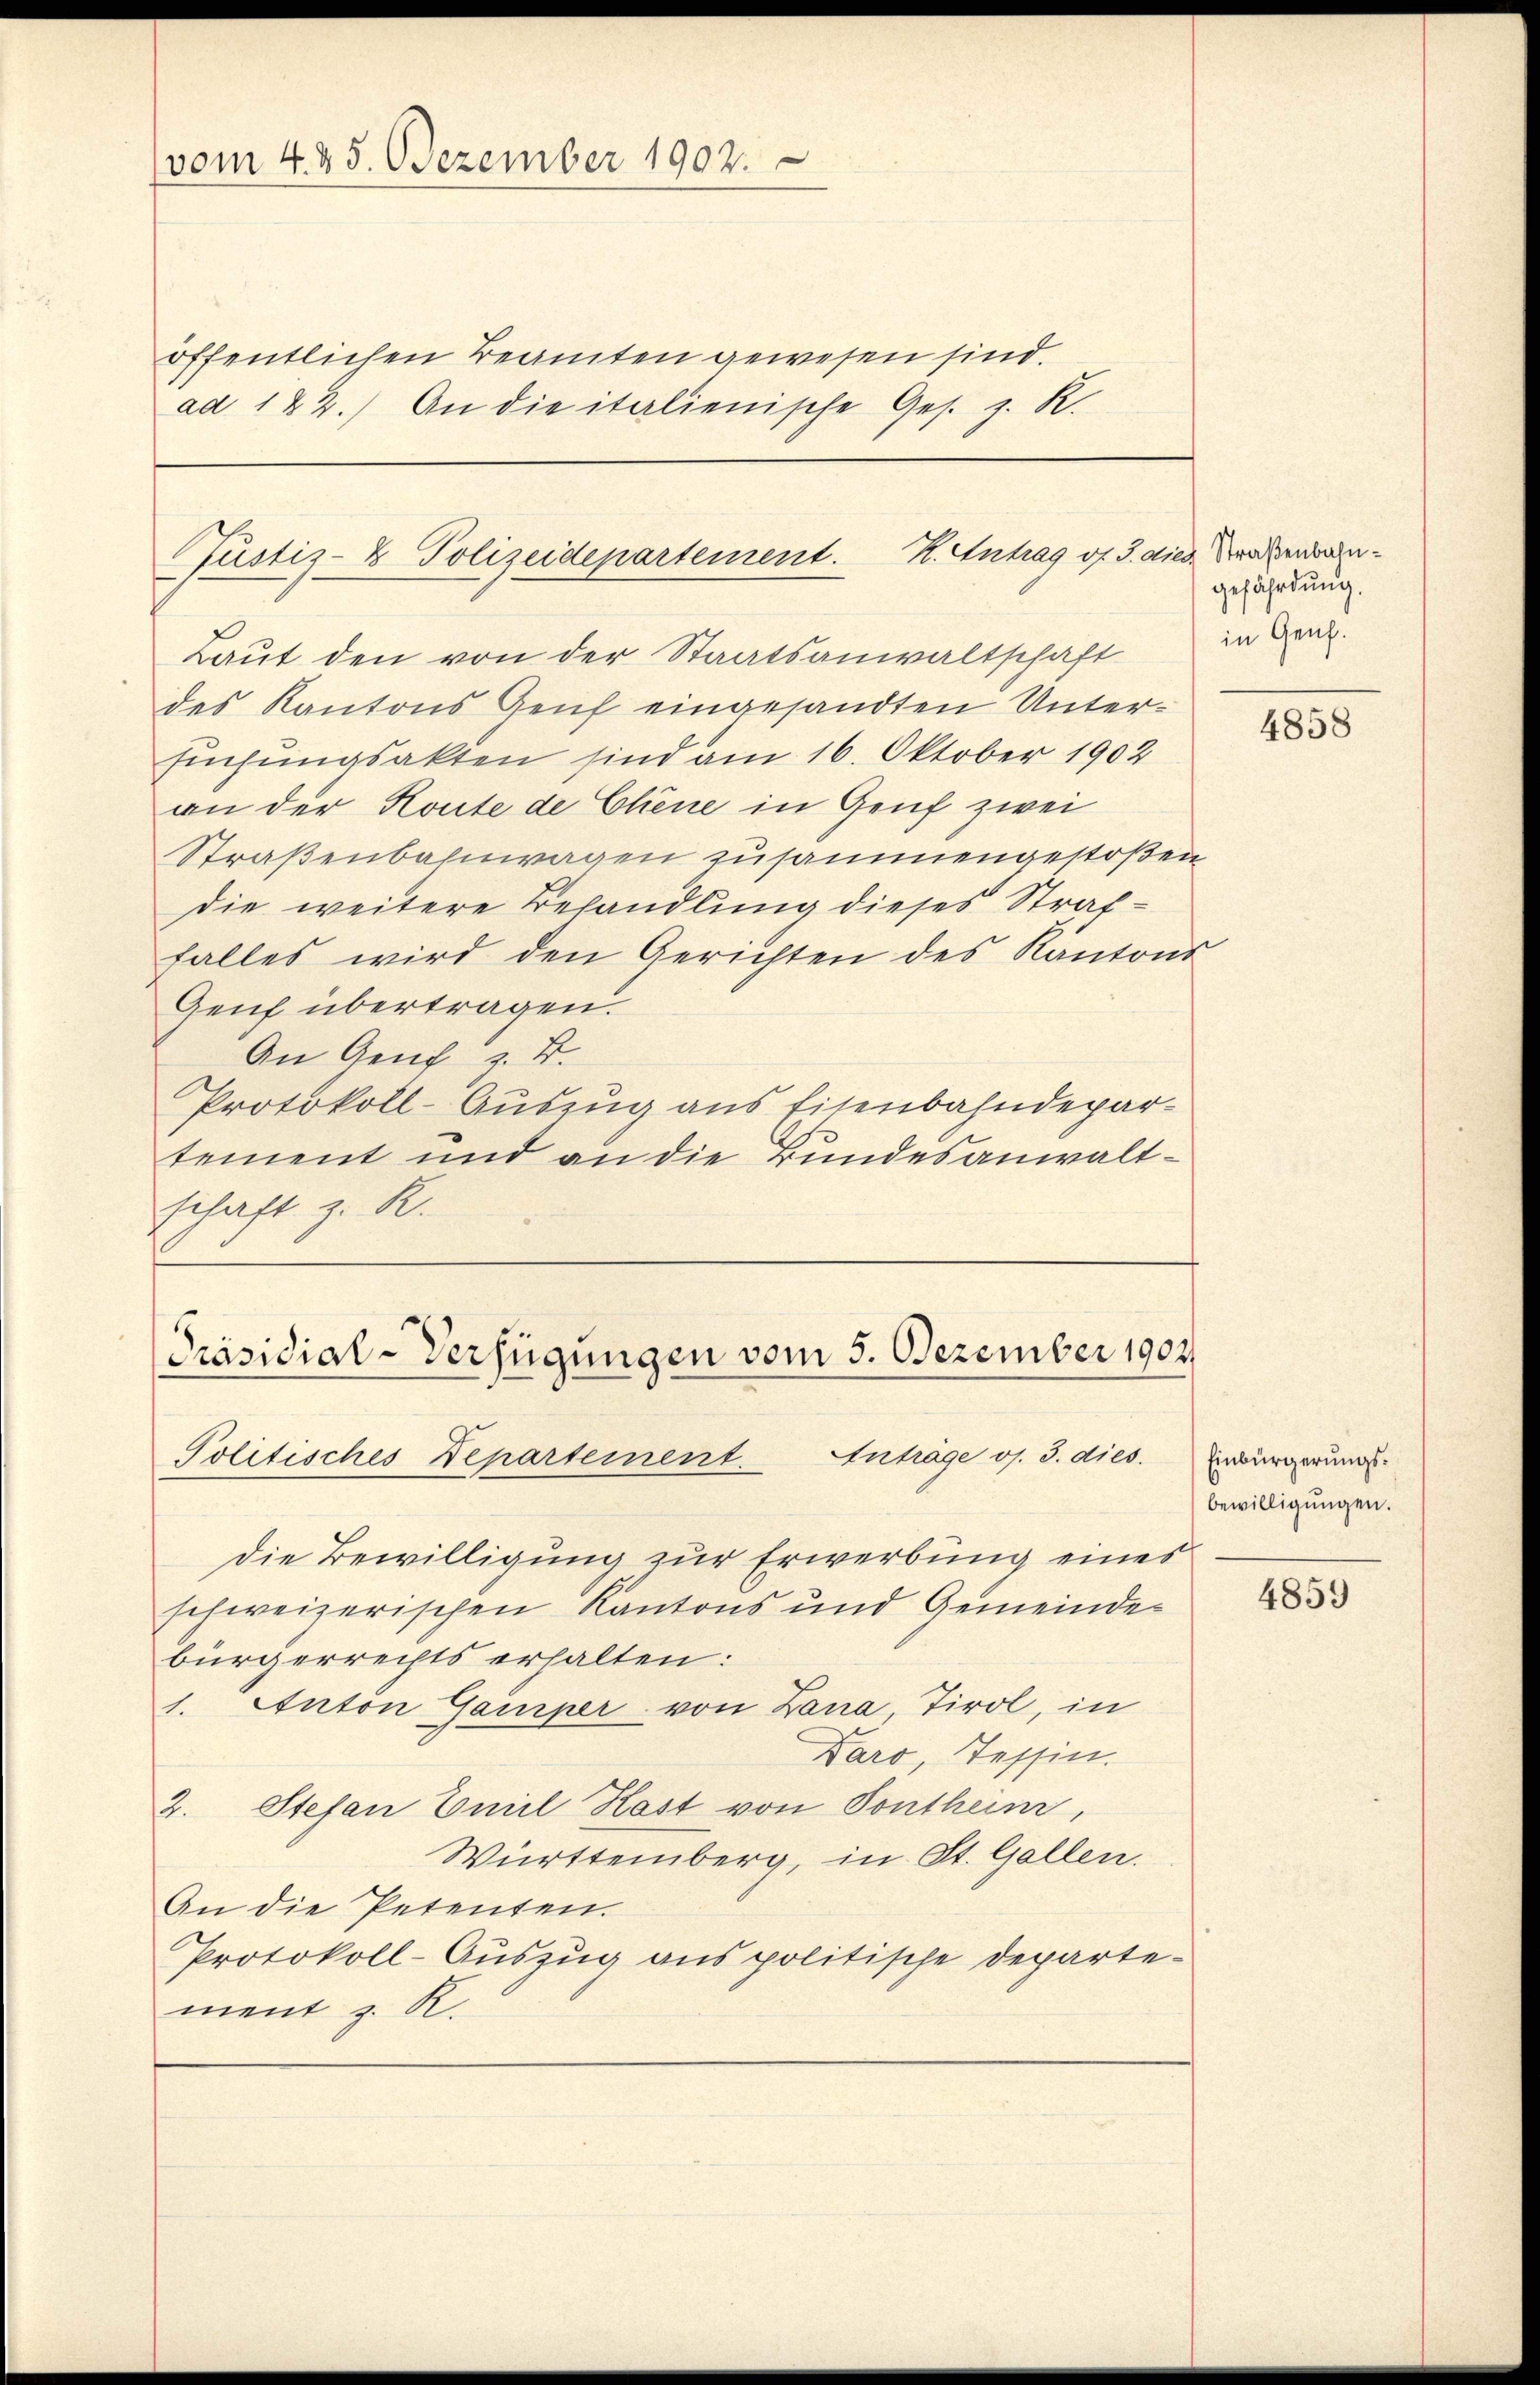
vom 425. Dezember 1902.

öffentlichen Beamten gewesen sind.
ad 122.) An die italienische Ges. z. R.

Justiz- & Polizeidepartement. K. Antrag v. 3. dies Brandan¬

Laut den von der Staatsanwaltschaft
des Kantons Genf eingesandten Untersühungsakten sind am 16. Oktober 1902
an der Konte de Chene in Genf zwei
Straßenbahnwagen zusammengestoßen
die weitere Behandlung dieses Straffalles wird den Gerichten des Kantons
Genf übertragen.
An Genf u.
Protokoll-Auszug aus Eisenbahndepartement und an die Bundesanwaltschaft z. R.

[Präsidial-Verfügungen vom 5. Dezember 1904
Politisches Departement. Anträge os. 3. dies. Einbürgerungs-

die Bewilligung zur Erwerbung eines
schweizerischen Kantons und Gemeinde
bürgerrechts erhalten:
j. Anton Gamper von Lana Tirol, in
Daro, Tessin.
2. Stefan Emil Hast von Pontheim,
Württemberg, in St. Gallen.
An die Petenten.
Protokoll-Auszug aus politische Departement z. R.

gefährdung.
in Genf.

4858

bewilligungen.

4859